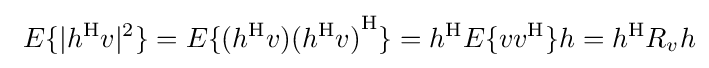
\ E\{|h^{\mathrm {H} }v|^{2}\}=E\{(h^{\mathrm {H} }v){(h^{\mathrm {H} }v)}^{\mathrm {H} }\}=h^{\mathrm {H} }E\{vv^{\mathrm {H} }\}h=h^{\mathrm {H} }R_{v}h